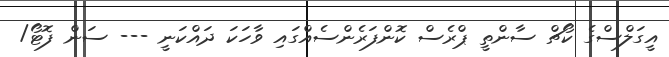
އީގަލްސްގެ ކޯޗް ސާންތީ ޕްރެސް ކޮންފަރެންސެއްގައި ވާހަކަ ދައްކަނީ --- ސަން ފޮޓޯ/